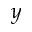
y